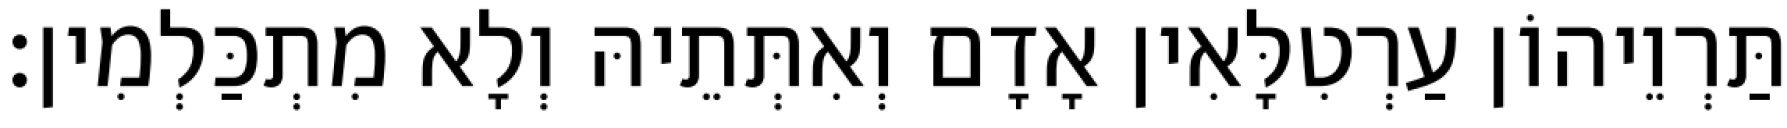
תַּרְוֵיהוֹן עַרְטִלָּאִין אָדָם וְאִתְּתֵיהּ וְלָא מִתְכַּלְמִין׃